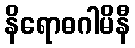
နိရောဓဂါမိနီ